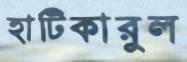
হাটিকারুল